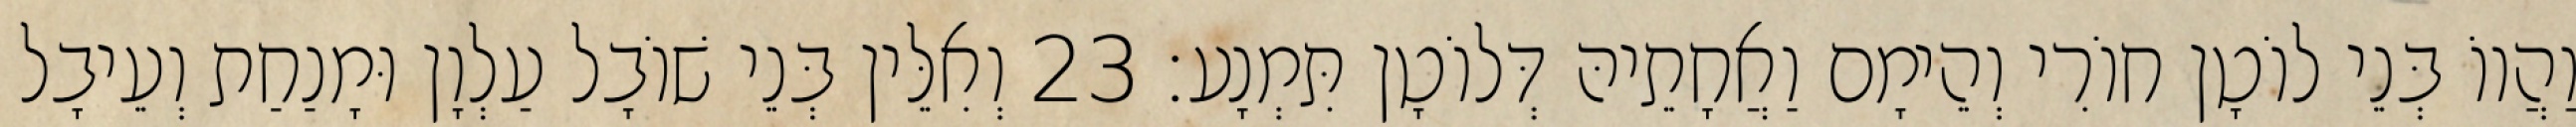
וַהֲווֹ בְּנֵי לוֹטָן חוֹרִי וְהֵימָם וַאֲחָתֵיהּ דְּלוֹטָן תִּמְנָע׃ 23 וְאִלֵּין בְּנֵי שׁוֹבָל עַלְוָן וּמָנַחַת וְעֵיבָל